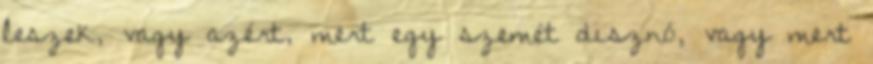
leszek, vagy azért, mert egy szemét disznó, vagy mert